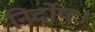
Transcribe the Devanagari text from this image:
निर्दोषः।